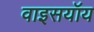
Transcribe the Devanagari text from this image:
वाइसयॉय